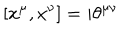
[ x ^ { \mu } , x ^ { \nu } ] = i \theta ^ { \mu \nu }